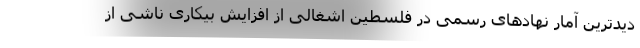
دیدترین آمار نهادهای رسمی در فلسطین اشغالی از افزایش بیکاری ناشی از